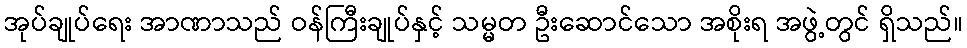
အုပ်ချုပ်ရေး အာဏာသည် ဝန်ကြီးချုပ်နှင့် သမ္မတ ဦးဆောင်သော အစိုးရ အဖွဲ့တွင် ရှိသည်။